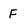
Character: F